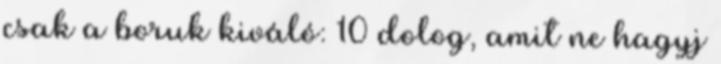
csak a boruk kiváló: 10 dolog, amit ne hagyj